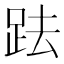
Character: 䟩